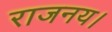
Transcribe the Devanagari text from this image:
राजनय।